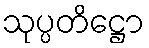
သုပ္ပတိဋ္ဌော